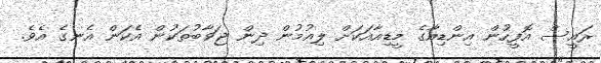
ރައީސް އޮފީހުން އިންޑިއާގެ މީޑިއާއަކަށް ލިއުމުން ދިން ޖަވާބުތަކުން އެކަން އެނގެ އެވެ.